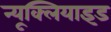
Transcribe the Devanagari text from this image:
न्यूक्लियाइड